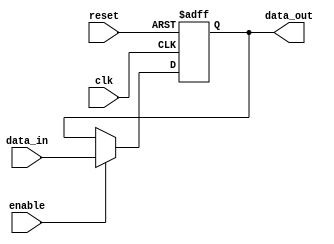
module falling_edge_trigger (
    input wire clk,          // Clock signal
    input wire reset,        // Asynchronous reset signal
    input wire enable,       // Enable signal for operations
    input wire [3:0] data_in,// Input data
    output reg [3:0] data_out // Output data
);

    // Internal state variable
    reg [3:0] state;

    // Always block sensitive to the negative edge of the clock
    always @(negedge clk or posedge reset) begin
        if (reset) begin
            // Reset state and output on reset signal
            state <= 4'b0000;
            data_out <= 4'b0000;
        end else if (enable) begin
            // Perform operations on falling edge of the clock
            // Example: Toggle state and assign input data to output
            state <= ~state;          // Toggle state
            data_out <= data_in;     // Assign input data to output
        end
    end

endmodule